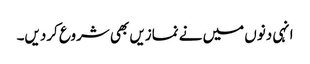
انہی دنوں میں نے نمازیں بھی شروع کردیں۔